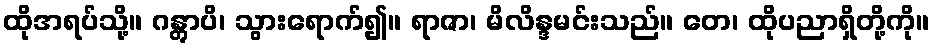
ထိုအရပ်သို့။ ဂန္တွာပိ၊ သွားရောက်၍။ ရာဇာ၊ မိလိန္ဒမင်းသည်။ တေ၊ ထိုပညာရှိတို့ကို။